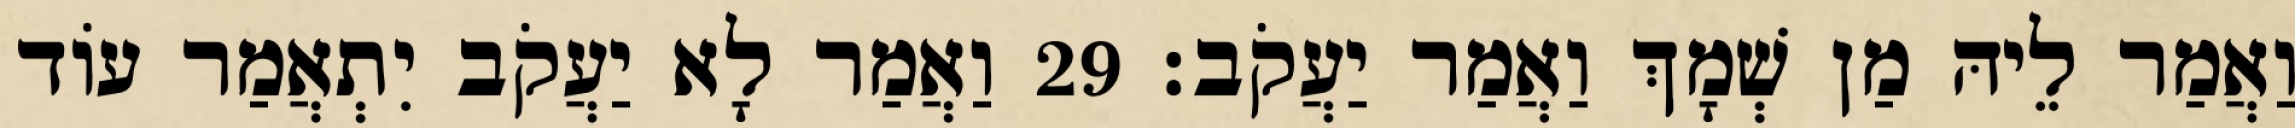
וַאֲמַר לֵיהּ מַן שְׁמָךְ וַאֲמַר יַעֲקֹב׃ 29 וַאֲמַר לָא יַעֲקֹב יִתְאֲמַר עוֹד